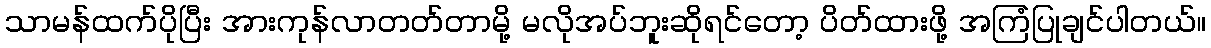
သာမန်ထက်ပိုပြီး အားကုန်လာတတ်တာမို့ မလိုအပ်ဘူးဆိုရင်တော့ ပိတ်ထားဖို့ အကြံပြုချင်ပါတယ်။